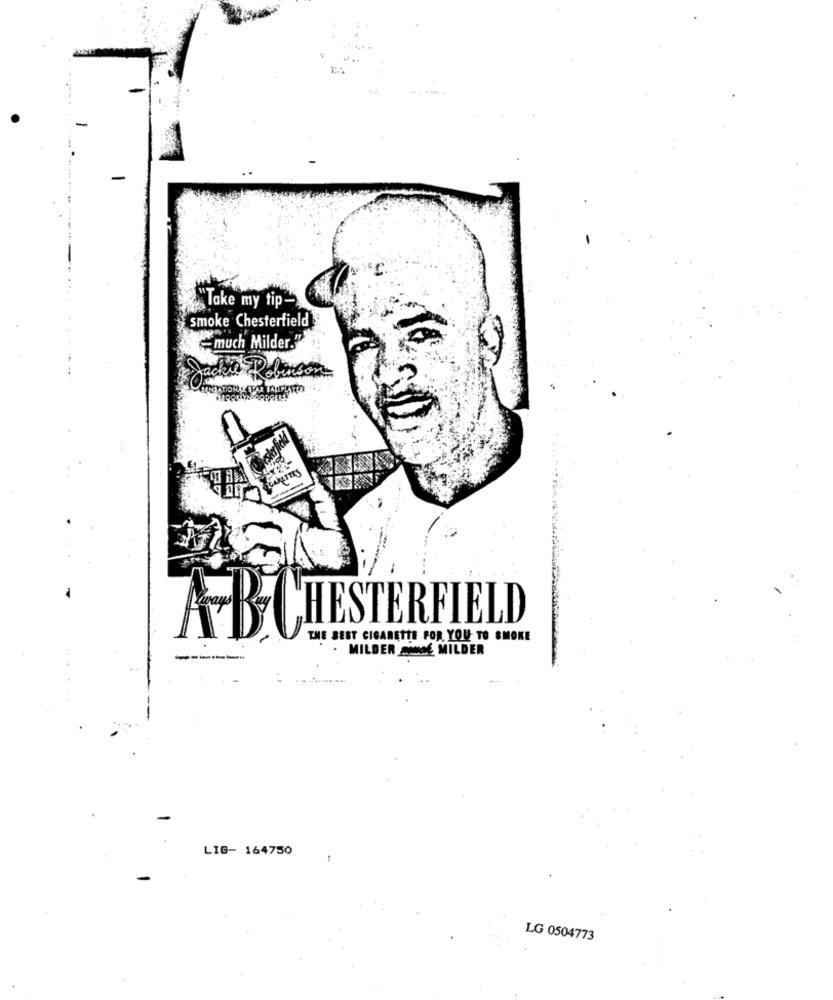
-
"Take my tip-
smoke Chesterfield
much Milder."
Jackie Robinson
AB
CHESTERFIELD
THE BEST CIGARETTE FOR YOU TO SMOKE
. MILDER MANGE MILDER
LIG- 164750
LG 0504773